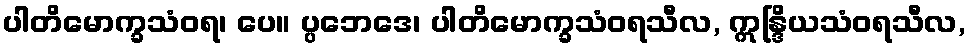
ပါတိမောက္ခသံဝရ၊ ပေ။ ပ္ပဘေဒေ၊ ပါတိမောက္ခသံဝရသီလ, ဣန္ဒြိယသံဝရသီလ,